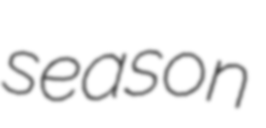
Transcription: season